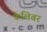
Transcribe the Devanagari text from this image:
केलिबर